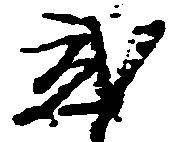
弐